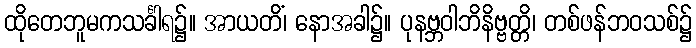
ထိုတေဘူမကသင်္ခါရ၌။ အာယတိံ၊ နောအခါ၌။ ပုနဗ္ဘဝါဘိနိဗ္ဗတ္တိ၊ တစ်ဖန်ဘဝသစ်၌